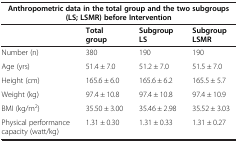
| <COLSPAN=4> Anthropometric data in the total group and the two subgroups (LS; LSMR) before Intervention |
 |  | Total group | Subgroup LS | Subgroup LSMR |
 | --- | --- | --- | --- |
 | Number (n) | 380 | 190 | 190 |
 | Age (yrs) | 51.4 ± 7.0 | 51.2 ± 7.0 | 51.5 ± 7.0 |
 | Height (cm) | 165.6 ± 6.0 | 165.6 ± 6.2 | 165.5 ± 5.7 |
 | Weight (kg) | 97.4 ± 10.8 | 97.4 ± 10.8 | 97.4 ± 10.9 |
 | BMI (kg/m2) | 35.50 ± 3.00 | 35.46 ± 2.98 | 35.52 ± 3.03 |
 | Physical performance capacity (watt/kg) | 1.31 ± 0.30 | 1.31 ± 0.33 | 1.31 ± 0.27 |